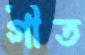
গীত